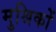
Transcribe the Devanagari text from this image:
मुश्रिकों